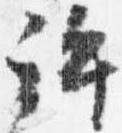
許